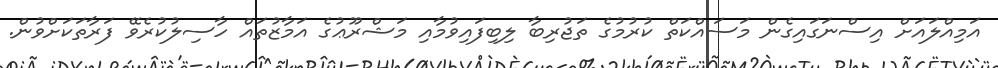
އަމިއްލައަށް އިސްނަގައިގެން މަސައްކަތް ކުރުމުގެ ތަޖުރިބާ ލިބިފައިވުމާއި މަޝްރޫޢުގެ އަމާޒުތައް ހާސިލުކުރެވޭ ފަރާތަކަށްވުން.